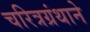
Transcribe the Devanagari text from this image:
चरित्रग्रंथाने